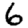
Digit: 6